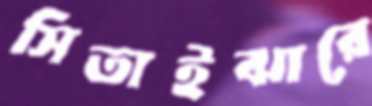
সিতাইঝারে